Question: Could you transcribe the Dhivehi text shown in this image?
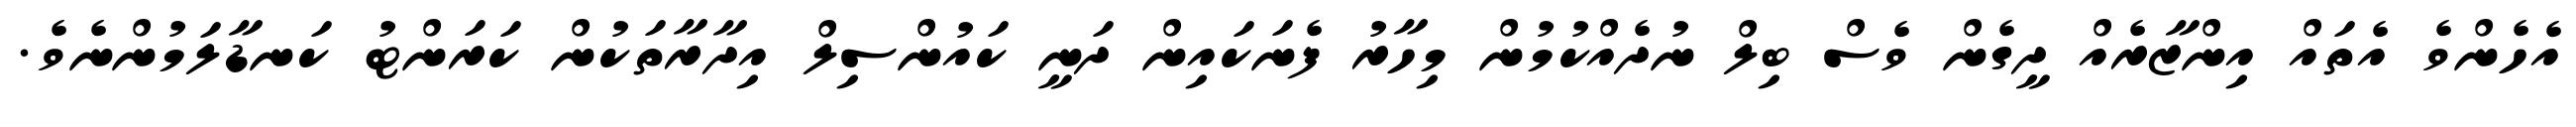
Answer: އެހެންވެ އެތައް އިންޒާރެއް ދީގެން ވެސް ބިލް ނުދެއްކުމުން މިހާރު ފެނަކައިން ދަނީ ކައުންސިލް އިދާރާތަކުން ކަރަންޓު ކަނޑާލަމުންނެވެ.